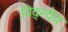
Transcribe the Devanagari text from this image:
विद्न्येय